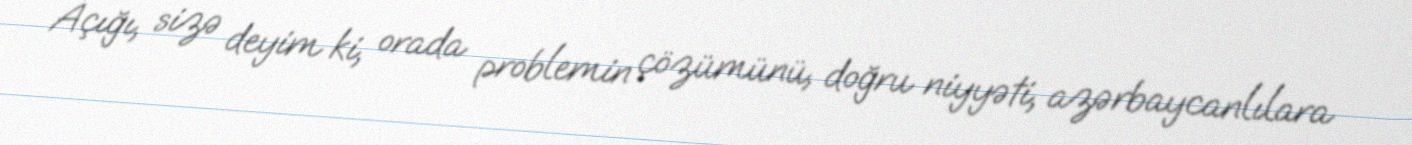
Açığı, sizə deyim ki, orada problemin çözümünü, doğru niyyəti, azərbaycanlılara